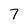
Character: 7